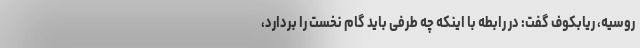
روسیه، ریابکوف گفت: در رابطه با اینکه چه طرفی باید گام نخست را بردارد،